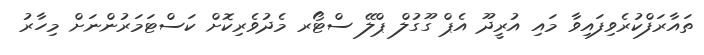
ތައާރަފްކުރެވިފައިވާ މައި އުރީދޫ އެޕް ގޫގުލް ޕްލޭ ސްޓޯރ މެދުވެރިކޮށް ކަސްޓަމަރުންނަށް މިހާރު